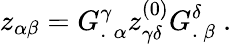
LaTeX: z_{\alpha\beta}={G_{.}^{\gamma}}_{\alpha}z_{\gamma\delta}^{(0)}{G_{.}^{\delta}}_{\beta}\ .